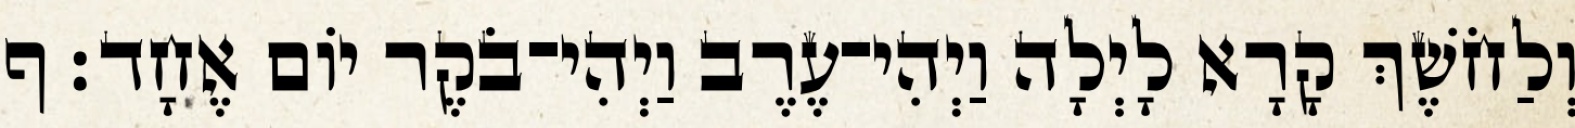
וְלַחֹשֶׁךְ קָרָא לָיְלָה וַיְהִי־עֶרֶב וַיְהִי־בֹקֶר יֹום אֶחָד׃ ף